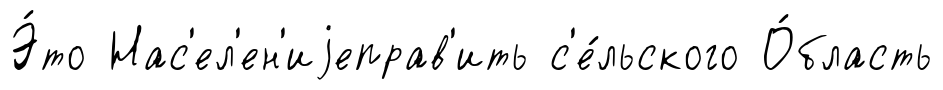
Э́то Нас'ел'ен'иjеправ'ить с'е́льского О́бласть